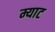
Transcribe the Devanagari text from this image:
म्याट